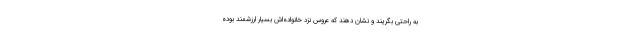
به راحتی بگریند و نشان دهند که عروس نزد خانواده‌اش بسیار ارزشمند بوده